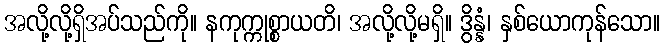
အလို့လို့ရှိအပ်သည်ကို။ နကုက္ကုစ္စာယတိ၊ အလို့လို့မရှိ။ ဒွိန္နံ၊ နှစ်ယောကုန်သော။